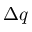
\Delta q